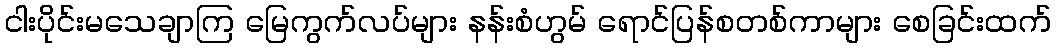
ငါးပိုင်းမသေချာကြ မြေကွက်လပ်များ နန်းစံဟွမ် ရောင်ပြန်စတစ်ကာများ စေခြင်းထက်